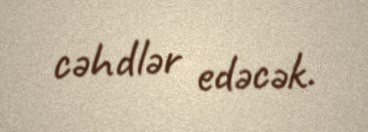
cəhdlər edəcək.